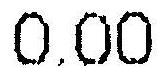
0.00